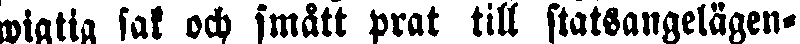
wigtig sak och smått prat till statsangelägen-